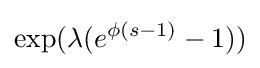
\exp(\lambda (e^{\phi (s-1)}-1))